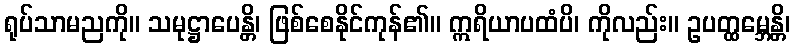
ရုပ်သာမညကို။ သမုဋ္ဌာပေန္တိ၊ ဖြစ်စေနိုင်ကုန်၏။ ဣရိယာပထံပိ၊ ကိုလည်း။ ဥပတ္ထမ္ဘေန္တိ၊